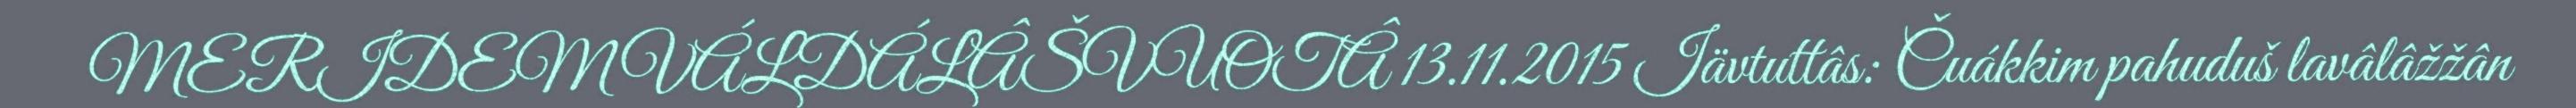
MERIDEMVÁLDÁLÂŠVUOTÂ 13.11.2015 Iävtuttâs: Čuákkim pahuduš lavâlâžžân